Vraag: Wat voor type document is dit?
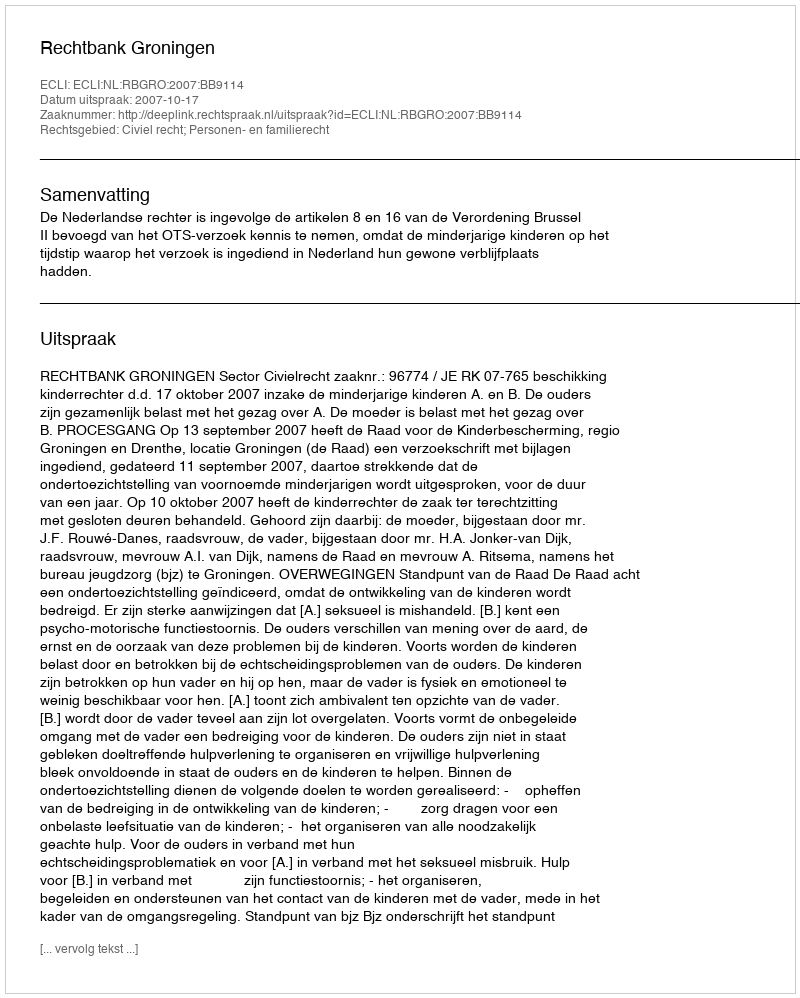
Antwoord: Uitspraak